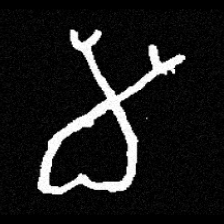
Pyu character \u2014 Myanmar letter: မ (romanized: ma)